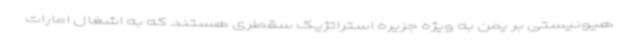
هیونیستی بر یمن به ویژه جزیره استراتژیک سقطری هستند که به اشغال امارات